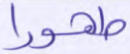
طهورا